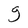
Character: g